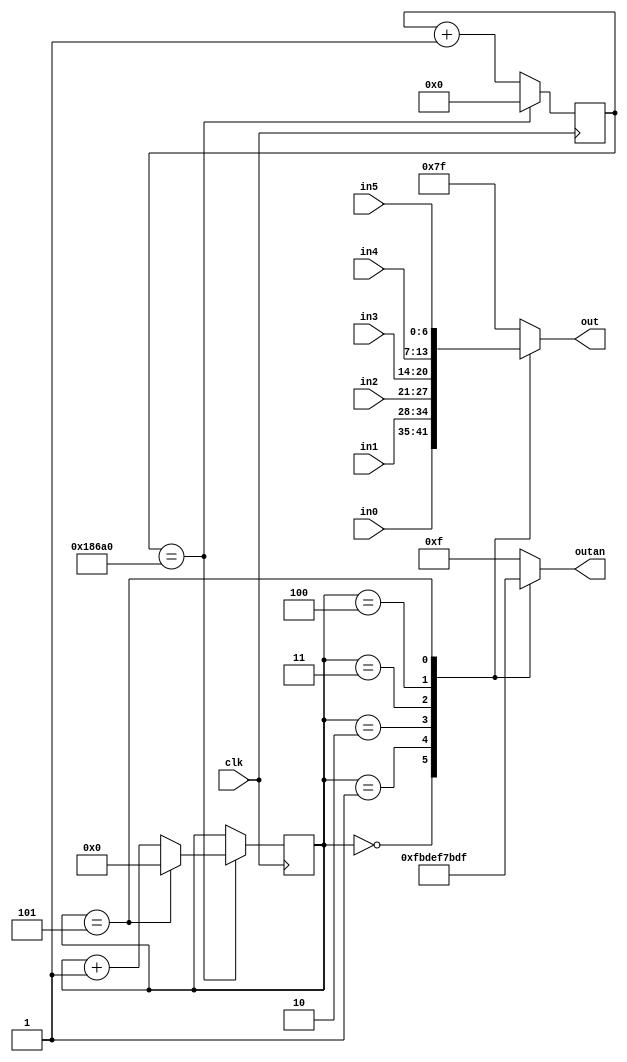
`timescale 1ns / 1ps

module displayController(clk, in0, in1, in2, in3, in4, in5, out, outan);
    input clk;
    input [6:0] in0, in1, in2, in3, in4, in5;
    output reg [6:0] out;
    output reg [5:0] outan;
    
    reg [3:0] anode = 0;
    reg [17:0] counter;
    
    initial begin
        outan = 0;
        out = 0;
        counter = 0;
    end
    
    always@ (posedge clk)
    begin
        //250,000 for 400hz
        //lower is faster and less flicker
        if (counter == 100000) begin
            counter = 0;
            if (anode == 5) begin
                anode = 0;
            end
            else begin
                anode = anode + 1;
            end
        end
        else begin
            counter = counter + 1;
        end
    end
    
    always @*
    begin
        case (anode)
            0: begin
                outan = 6'b111110;
                out = in0;
            end
            1: begin
                outan = 6'b111101;
                out = in1;
            end
            2: begin
                outan = 6'b111011;
                out = in2;
            end
            3: begin
                outan = 6'b110111;
                out = in3;
            end
            4: begin
                outan = 6'b101111;
                out = in4;
            end
            5: begin
                outan = 6'b011111;
                out = in5;
            end
            default: begin
                outan = 4'b1111;
                out = 7'b1111111;
            end
        endcase
    end
endmodule